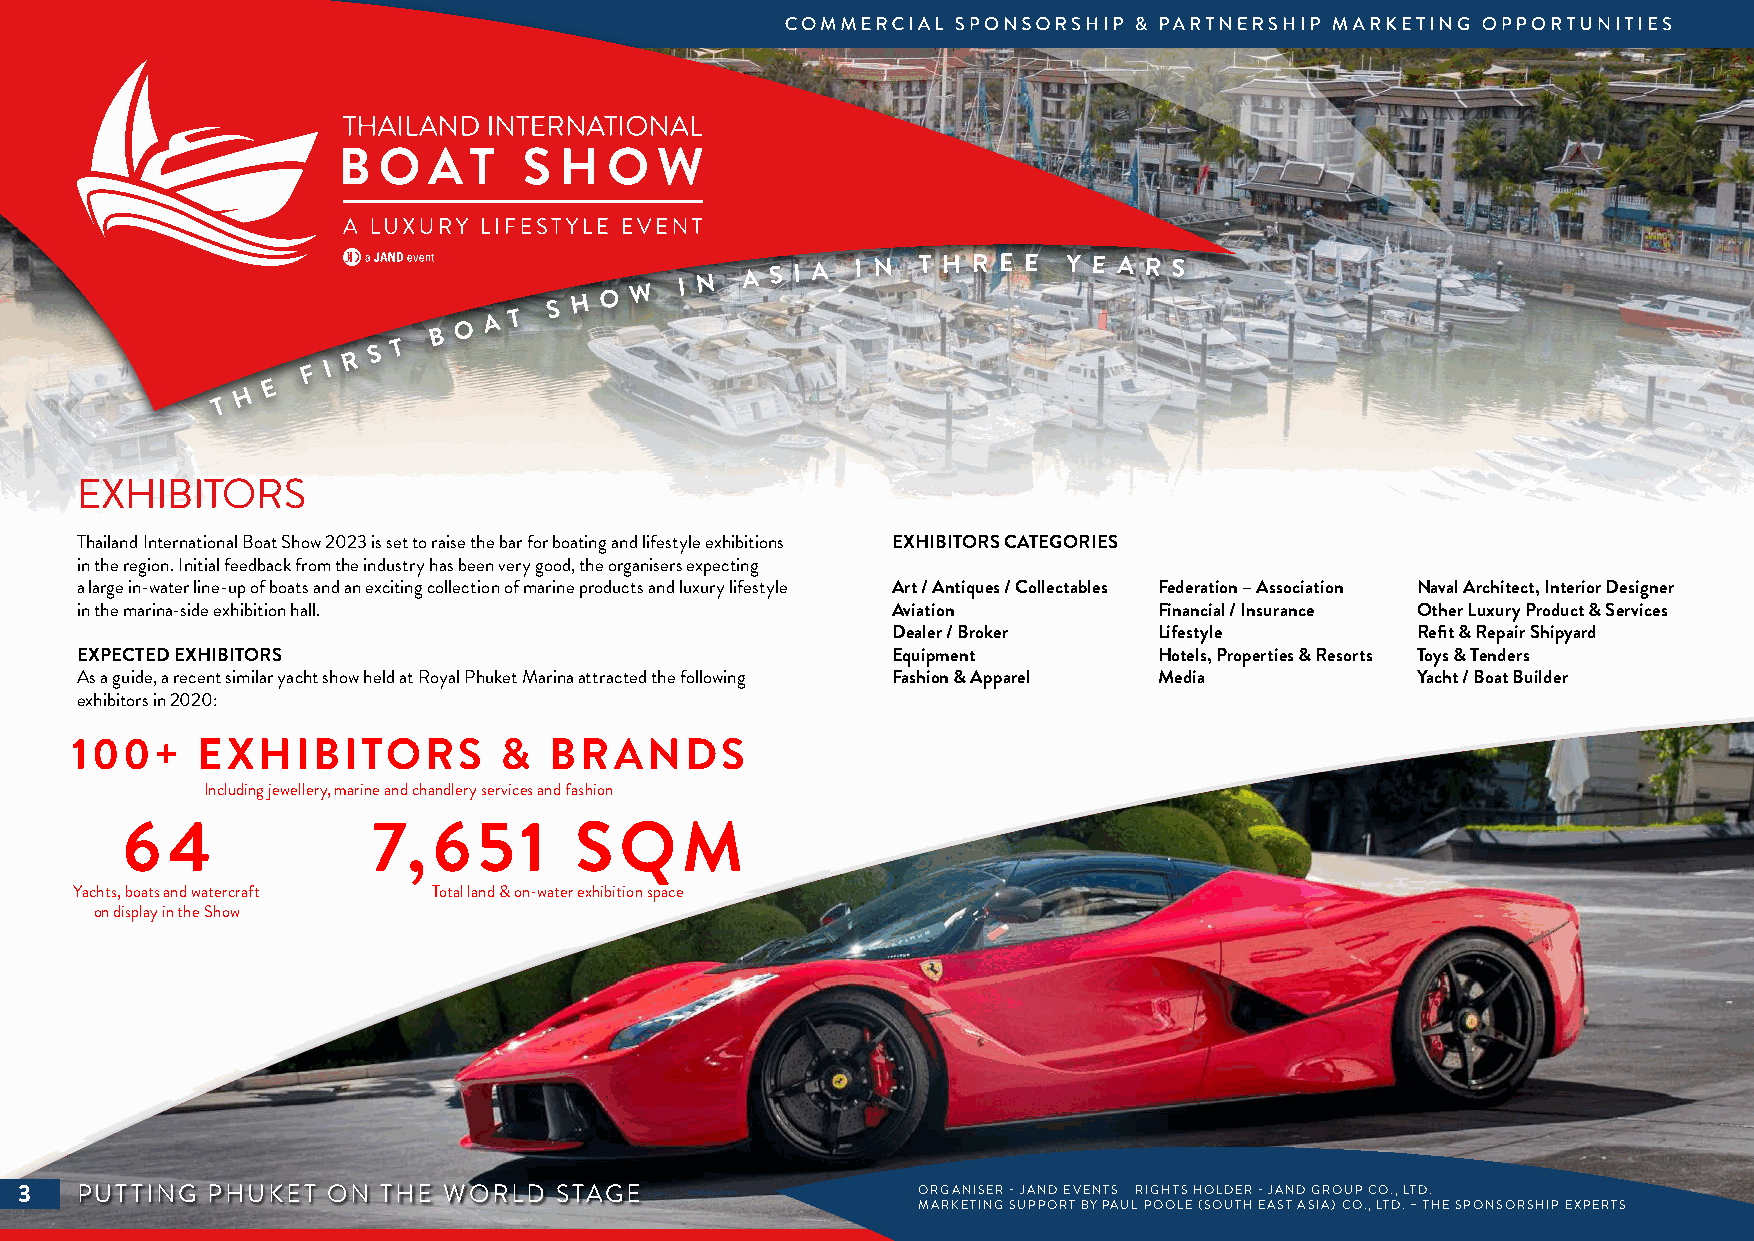
O A T
 S H O W  I N A S I A I N T H R E E Y E A R S
 B
 T
 S
 R
 F I
 E
 H
 T
 EXHIBITORS
 Thailand International Boat Show 2023 is set to raise the bar for boating and lifestyle exhibitions EXHIBITORS CATEGORIES
 in the region. Initial feedback from the industry has been very good, the organisers expecting
 a large in-water line-up of boats and an exciting collection of marine products and luxury lifestyle Art / Antiques / Collectables Federation – Association Naval Architect, Interior Designer
 in the marina-side exhibition hall.                   Aviation          Financial / Insurance Other Luxury Product & Services
 Dealer / Broker   Lifestyle        Refit & Repair Shipyard
 EXPECTED EXHIBITORS                                   Equipment         Hotels, Properties & Resorts Toys & Tenders
 As a guide, a recent similar yacht show held at Royal Phuket Marina attracted the following Fashion & Apparel Media Yacht / Boat Builder
 exhibitors in 2020:
 100+    EXHIBITORS          &  BRANDS
 Including jewellery, marine and chandlery services and fashion
 6  4             7,  651      SQM
 Yachts, boats and watercraft Total land & on-water exhibition space
 on display in the Show
 3   PUTTING  PHUKET  ON THE WORLD   STAGE                   ORGANISER - JAND EVENTS RIGHTS HOLDER - JAND GROUP CO., LTD.
 MARKETING SUPPORT BY PAUL POOLE (SOUTH EAST ASIA) CO., LTD. – THE SPONSORSHIP EXPERTS